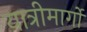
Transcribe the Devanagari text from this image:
यात्रीमार्गो